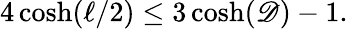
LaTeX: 4\cosh(\ell/2)\leq 3\cosh(\mathscr{D})-1.